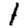
Digit: 1